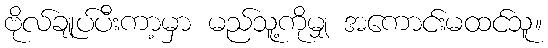
ဗိုလ်ချုပ်ပီးကာ့မှာ မည်သူ့ကိုမျှ အကောင်းမထင်သူ။